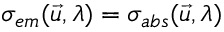
\sigma _ { e m } ( \vec { u } , \lambda ) = \sigma _ { a b s } ( \vec { u } , \lambda )